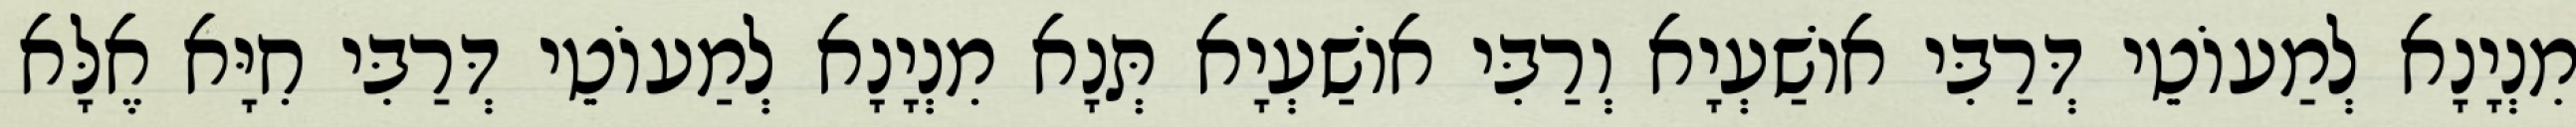
מִנְיָנָא לְמַעוֹטֵי דְּרַבִּי אוֹשַׁעְיָא וְרַבִּי אוֹשַׁעְיָא תְּנָא מִנְיָנָא לְמַעוֹטֵי דְּרַבִּי חִיָּא אֶלָּא